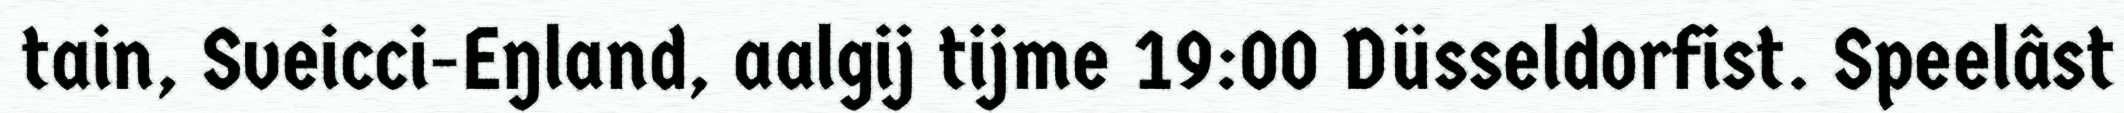
tain, Sveicci-Eŋland, aalgij tijme 19:00 Düsseldorfist. Speelâst